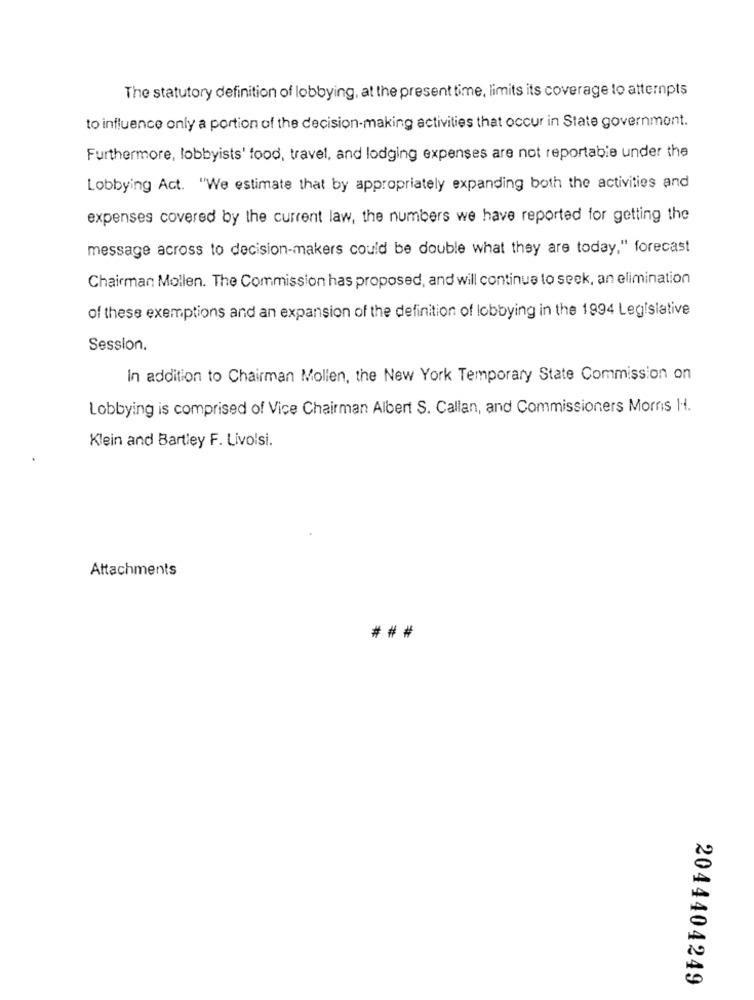
The statutory definition of lobbying, at the present time, limits its coverage to attempts
to influence only a portion of the decision-making activities that occur in State government.
Furthermore, lobbyists' food, travel, and lodging expenses are not reportable under the
Lobbying Act. "We estimate that by appropriately expanding both the activities and
expenses covered by the current law, the numbers we have reported for getting the
message across to decision-makers could be double what they are today," forecast
Chairman Mollen. The Commission has proposed, and will continue to seek, an elimination
of these exemptions and an expansion of the definition of lobbying in the 1994 Legislative
Session.
In addition to Chairman Mollen, the New York Temporary State Commission on
Lobbying is comprised of Vice Chairman Albert S. Callan, and Commissioners Morris HH.
Klein and Bartley F. Livolsi.
Attachments
###
2044404249